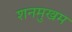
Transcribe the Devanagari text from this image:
शनमुखम